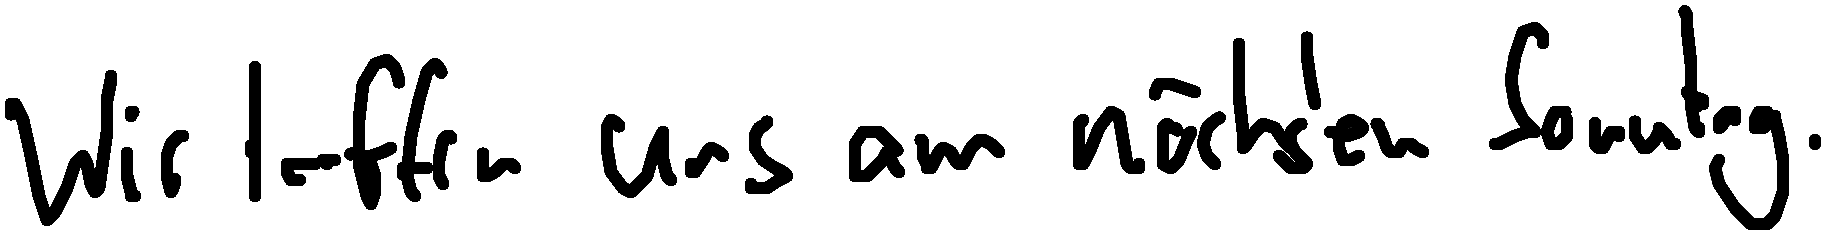
Wir treffen uns am nächsten Sonntag.